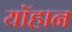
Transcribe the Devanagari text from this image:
यॉहान